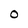
Character: O